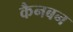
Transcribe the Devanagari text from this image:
कैनबन